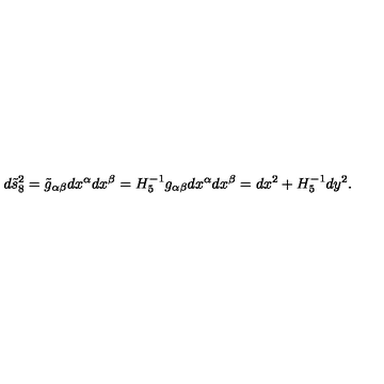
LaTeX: d \tilde { s } _ { 8 } ^ { 2 } = \tilde { g } _ { \alpha \beta } d x ^ { \alpha } d x ^ { \beta } = H _ { 5 } ^ { - 1 } g _ { \alpha \beta } d x ^ { \alpha } d x ^ { \beta } = d x ^ { 2 } + H _ { 5 } ^ { - 1 } d y ^ { 2 } .